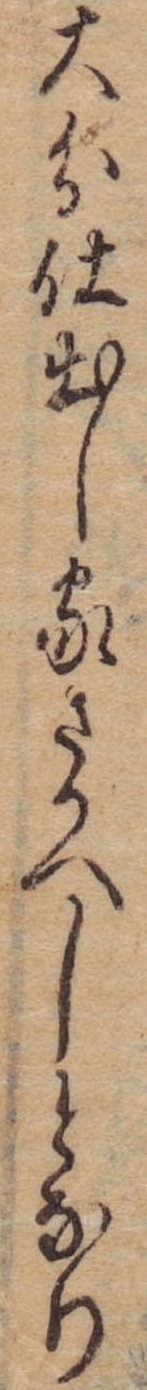
大分仕出し家さかへしとなり